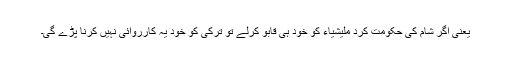
یعنی اگر شام کی حکومت کرد ملیشیاء کو خود ہی قابو کرلے تو ترکی کو خود یہ کارروائی نہیں کرنا پڑے گی۔